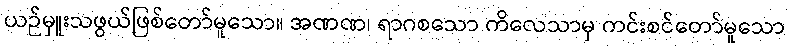
ယဉ်မှူးသဖွယ်ဖြစ်တော်မူသော။ အဏဏ၊ ရာဂစသော ကိလေသာမှ ကင်းစင်တော်မူသော